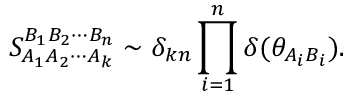
S _ { A _ { 1 } A _ { 2 } \cdots A _ { k } } ^ { B _ { 1 } B _ { 2 } \cdots B _ { n } } \sim \delta _ { k n } \prod _ { i = 1 } ^ { n } \delta ( \theta _ { A _ { i } B _ { i } } ) .